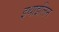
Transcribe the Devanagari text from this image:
इथाइलिन